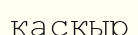
қаскыр